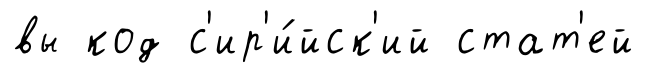
вы код с'ир'и́йск'ий стат'ей